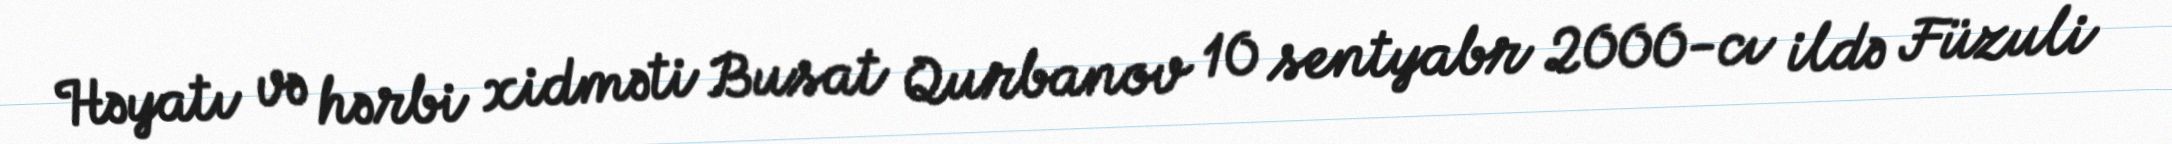
Həyatı və hərbi xidməti Busat Qurbanov 10 sentyabr 2000-cı ildə Füzuli